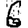
Digit: 6